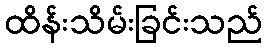
ထိန်းသိမ်းခြင်းသည်